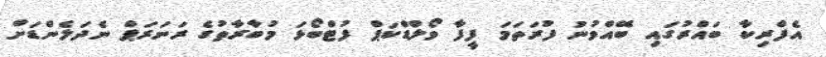
އެފްރިކާ ބައްރުގައި ބޭއްވުނު ފުރަތަމަ ފީފާ ވޯލްޑްކަޕް ފުޓްބޯޅަ މުބާރާތުގެ ރަނަރަޕް ނެދަލެންޑަށް